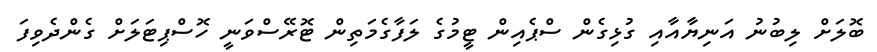
ބޮލަށް ލިބުނު އަނިޔާއާއި ގުޅިގެން ސްޕެއިން ޓީމުގެ ލަފާގެމަތިން ޓޮރޭސްވަނީ ހޮސްޕިޓަލަށް ގެންދެވިފަ